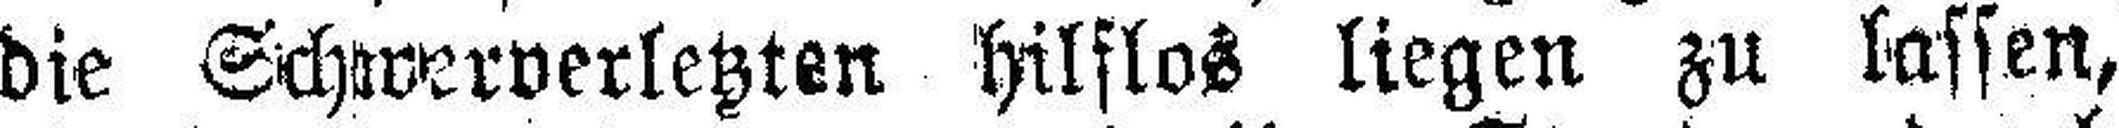
die Schwerverletzten hilflos liegen zu lassen,